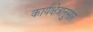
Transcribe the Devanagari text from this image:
कार्यक्षेत्रानुसार